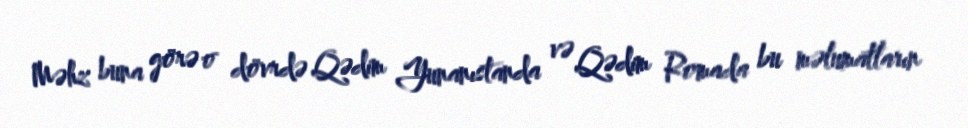
Məhz buna görə o dövrdə Qədim Yunanıstanda və Qədim Romada bu məlumatların